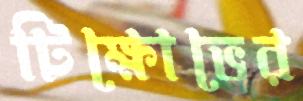
টিক্ষোভের